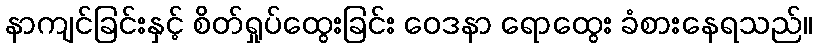
နာကျင်ခြင်းနှင့် စိတ်ရှုပ်ထွေးခြင်း ဝေဒနာ ရောထွေး ခံစားနေရသည်။